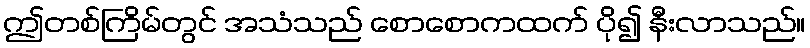
ဤတစ်ကြိမ်တွင် အသံသည် စောစောကထက် ပို၍ နီးလာသည်။